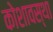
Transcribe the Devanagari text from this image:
कोशावस्था